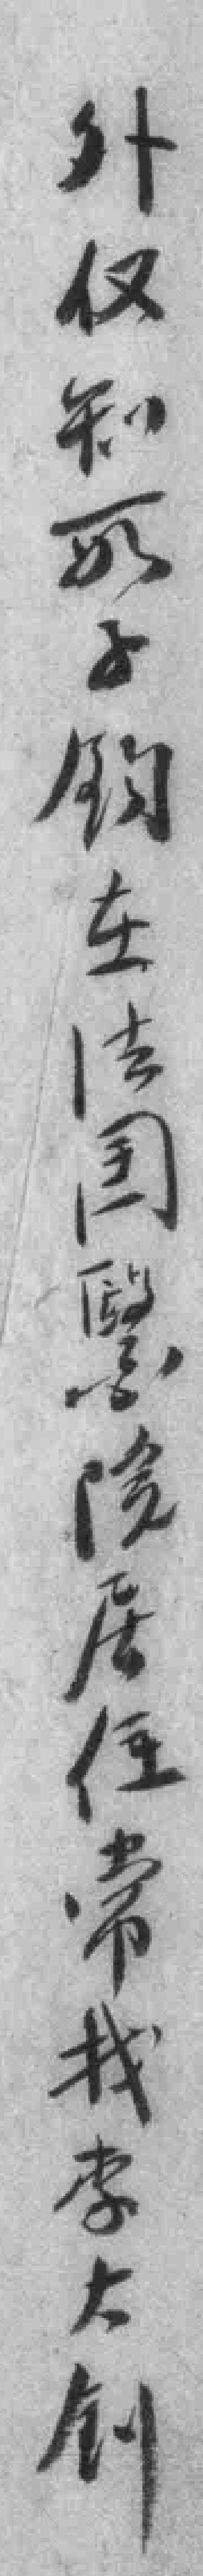
外仅知一如子鈞在法国醫院居住常我李大釗